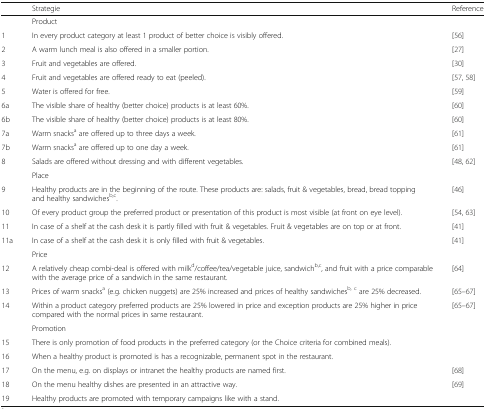
<table><thead><tr><td></td><td><b>Strategie</b></td><td><b>Reference</b></td></tr></thead><tbody><tr><td></td><td>Product</td><td></td></tr><tr><td>1</td><td>In every product category at least 1 product of better choice is visibly offered.</td><td>[56]</td></tr><tr><td>2</td><td>A warm lunch meal is also offered in a smaller portion.</td><td>[27]</td></tr><tr><td>3</td><td>Fruit and vegetables are offered.</td><td>[30]</td></tr><tr><td>4</td><td>Fruit and vegetables are offered ready to eat (peeled).</td><td>[57, 58]</td></tr><tr><td>5</td><td>Water is offered for free.</td><td>[59]</td></tr><tr><td>6a</td><td>The visible share of healthy (better choice) products is at least 60%.</td><td>[60]</td></tr><tr><td>6b</td><td>The visible share of healthy (better choice) products is at least 80%.</td><td>[60]</td></tr><tr><td>7a</td><td>Warm snacks<sup>a</sup> are offered up to three days a week.</td><td>[61]</td></tr><tr><td>7b</td><td>Warm snacks<sup>a</sup> are offered up to one day a week.</td><td>[61]</td></tr><tr><td>8</td><td>Salads are offered without dressing and with different vegetables.</td><td>[48, 62]</td></tr><tr><td></td><td>Place</td><td></td></tr><tr><td>9</td><td>Healthy products are in the beginning of the route. These products are: salads, fruit &amp; vegetables, bread, bread topping and healthy sandwiches<sup>b,c</sup>.</td><td>[46]</td></tr><tr><td>10</td><td>Of every product group the preferred product or presentation of this product is most visible (at front on eye level).</td><td>[54, 63]</td></tr><tr><td>11</td><td>In case of a shelf at the cash desk it is partly filled with fruit &amp; vegetables. Fruit &amp; vegetables are on top or at front.</td><td>[41]</td></tr><tr><td>11a</td><td>In case of a shelf at the cash desk it is only filled with fruit &amp; vegetables.</td><td>[41]</td></tr><tr><td></td><td>Price</td><td></td></tr><tr><td>12</td><td>A relatively cheap combi-deal is offered with milk<sup>d</sup>/coffee/tea/vegetable juice, sandwich<sup>b,c</sup>, and fruit with a price comparable with the average price of a sandwich in the same restaurant.</td><td>[64]</td></tr><tr><td>13</td><td>Prices of warm snacks<sup>a</sup> (e.g. chicken nuggets) are 25% increased and prices of healthy sandwiches<sup>b, c</sup> are 25% decreased.</td><td>[65–67]</td></tr><tr><td>14</td><td>Within a product category preferred products are 25% lowered in price and exception products are 25% higher in price compared with the normal prices in same restaurant.</td><td>[65–67]</td></tr><tr><td></td><td>Promotion</td><td></td></tr><tr><td>15</td><td>There is only promotion of food products in the preferred category (or the Choice criteria for combined meals).</td><td></td></tr><tr><td>16</td><td>When a healthy product is promoted is has a recognizable, permanent spot in the restaurant.</td><td></td></tr><tr><td>17</td><td>On the menu, e.g. on displays or intranet the healthy products are named first.</td><td>[68]</td></tr><tr><td>18</td><td>On the menu healthy dishes are presented in an attractive way.</td><td>[69]</td></tr><tr><td>19</td><td>Healthy products are promoted with temporary campaigns like with a stand.</td><td></td></tr></tbody></table>